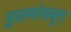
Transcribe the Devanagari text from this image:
पुराणांपासून